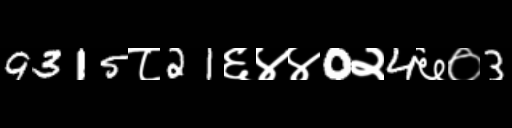
Text: 9315८21६४४0२4६०3